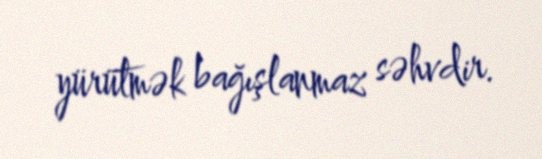
yürütmək bağışlanmaz səhvdir.